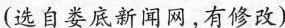
(选自娄底新闻网，有修改)